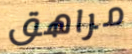
مراهق